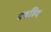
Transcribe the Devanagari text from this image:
बवहिद